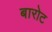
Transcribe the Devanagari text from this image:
बारोट